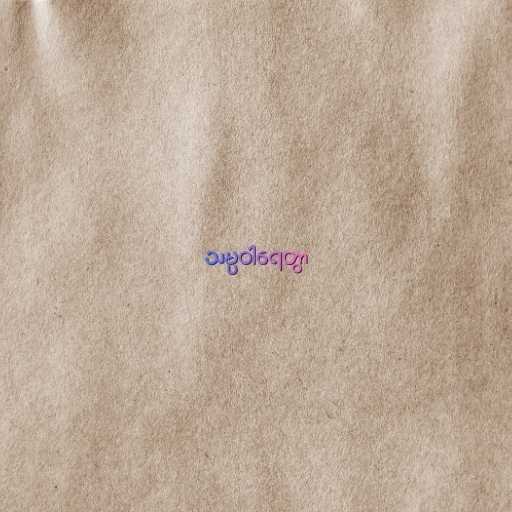
သမ္ပဝါရေတွာ